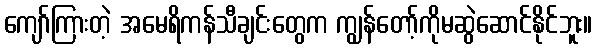
ကျော်ကြားတဲ့ အမေရိကန်သီချင်းတွေက ကျွန်တော့်ကိုမဆွဲဆောင်နိုင်ဘူး။